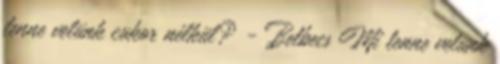
lenne velünk cukor nélkül? - Belbecs Mi lenne velünk